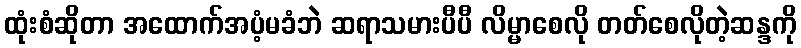
ထုံးစံဆိုတာ အထောက်အပံ့မခံဘဲ ဆရာသမားပီပီ လိမ္မာစေလို တတ်စေလိုတဲ့ဆန္ဒကို